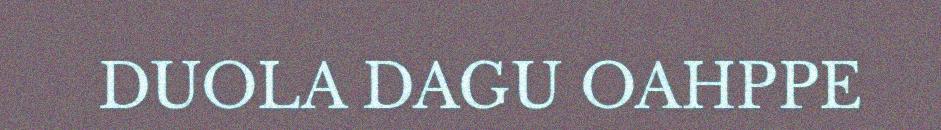
DUOLA DAGU OAHPPE